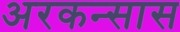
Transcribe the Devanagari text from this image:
अरकन्‍सास